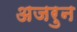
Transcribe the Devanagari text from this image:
अजरुन